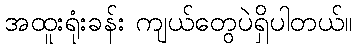
အထူးရုံးခန်း ကျယ်တွေပဲရှိပါတယ်။